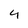
Character: 4